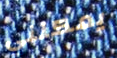
يمكنني